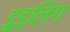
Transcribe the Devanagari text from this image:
डूड्लिंग